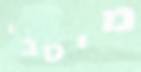
מיטבי